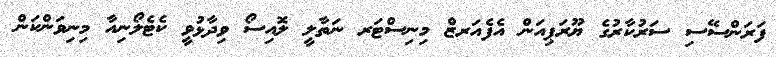
ފަރަންސޭސި ސަރުކާރުގެ ޔޫރަޕިއަން އެފެއަރޒް މިނިސްޓަރ ނަތާލީ ލޮއިސޯ ވިދާޅުވީ ކެޓެލޯނިއާ މިނިވަންކަން